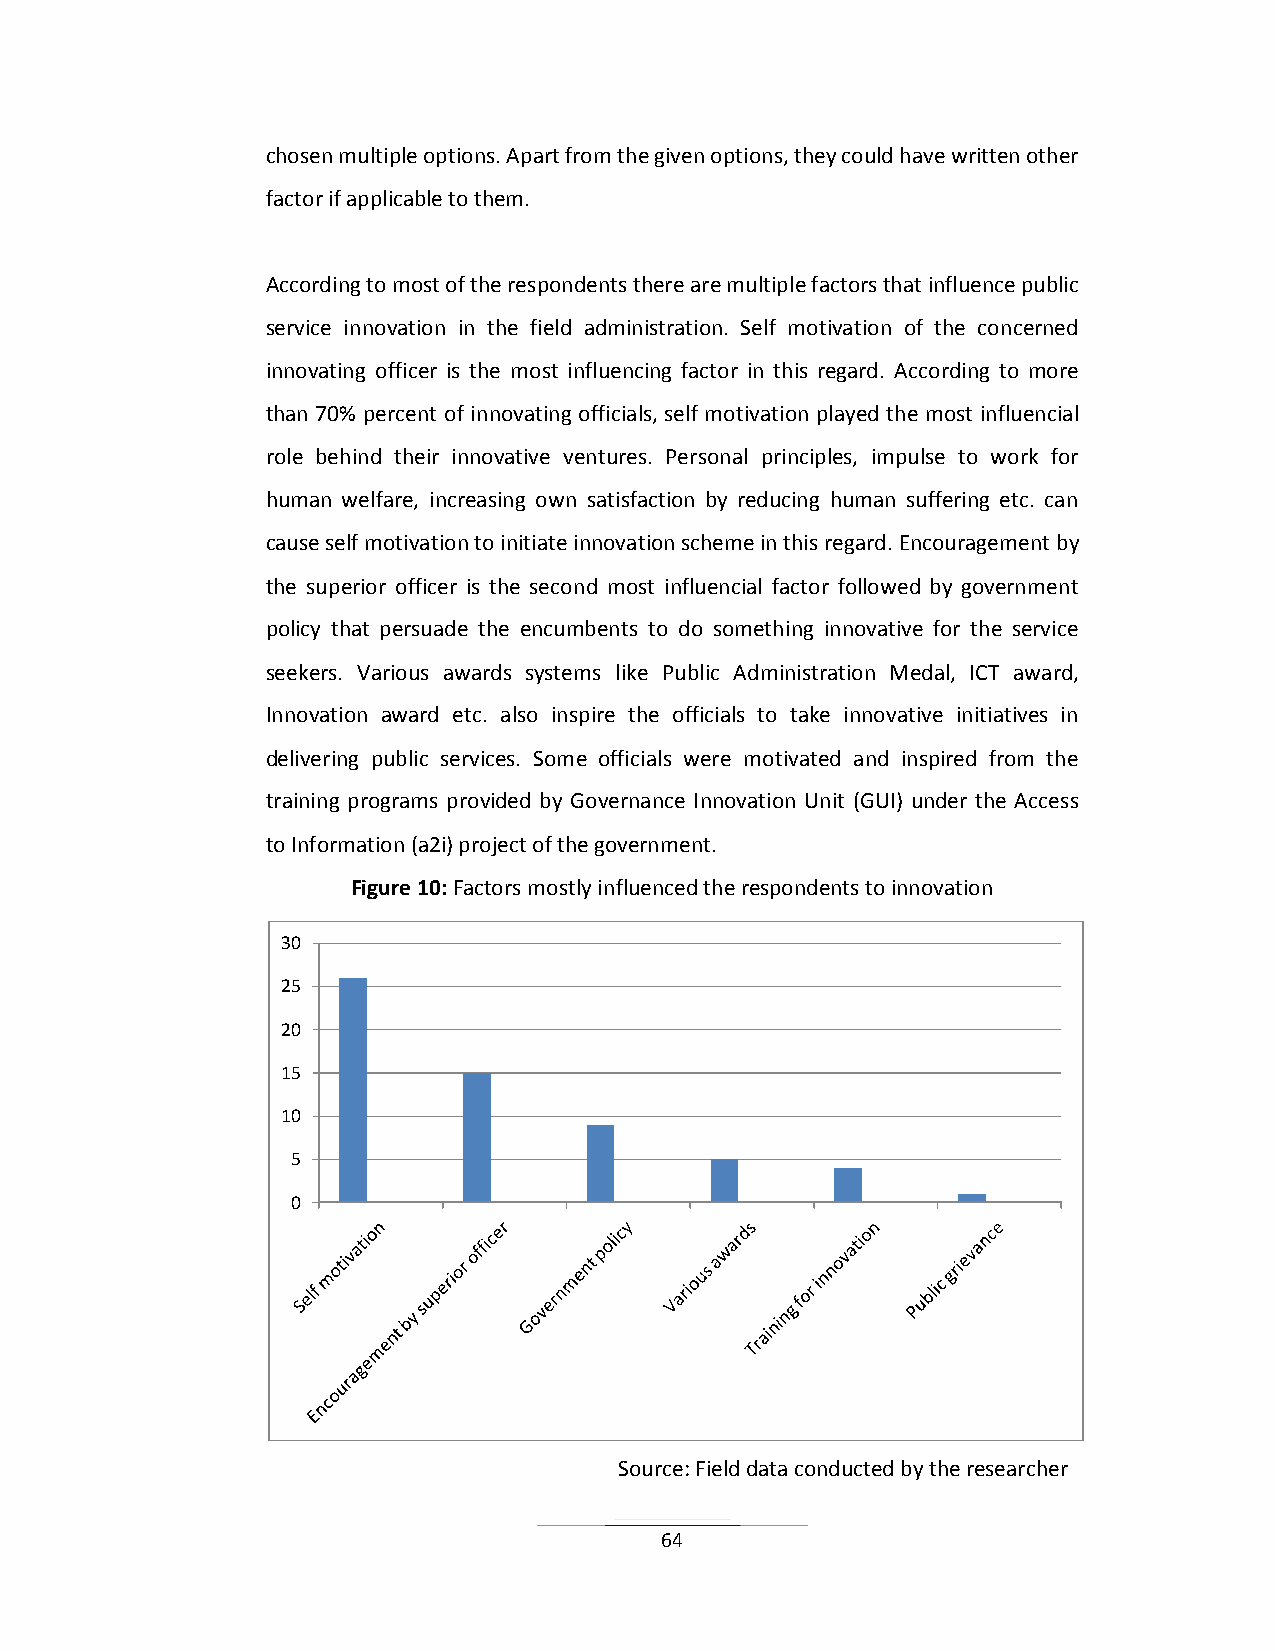
chosen multiple options. Apart from the given options, they could have written other
 factor if applicable to them.
 According to most of the respondents there are multiple factors that influence public
 service innovation in the field administration. Self motivation of the concerned
 innovating officer is the most influencing factor in this regard. According to more
 than 70% percent of innovating officials, self motivation played the most influencial
 role behind their innovative ventures. Personal principles, impulse to work for
 human welfare, increasing own satisfaction by reducing human suffering etc. can
 cause self motivation to initiate innovation scheme in this regard. Encouragement by
 the superior officer is the second most influencial factor followed by government
 policy that persuade the encumbents to do something innovative for the service
 seekers. Various awards systems like Public Administration Medal, ICT award,
 Innovation award etc. also inspire the officials to take innovative initiatives in
 delivering public services. Some officials were motivated and inspired from the
 training programs provided by Governance Innovation Unit (GUI) under the Access
 to Information (a2i) project of the government.
 Figure 10: Factors mostly influenced the respondents to innovation
 30
 25
 20
 15
 10
 5
 0
 Source: Field data conducted by the researcher
 64